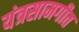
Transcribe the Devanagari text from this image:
यंत्रसामगीत